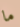
ما